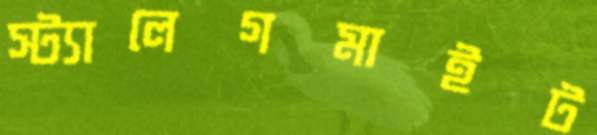
স্ট্যালেগমাইট